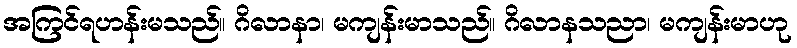
အကြင်ရဟန်းမသည်။ ဂိလာနာ၊ မကျန်းမာသည်။ ဂိလာနသညာ၊ မကျန်းမာဟု